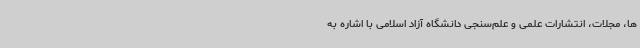
ها، مجلات، انتشارات علمی و علم‌سنجی دانشگاه آزاد اسلامی با اشاره به